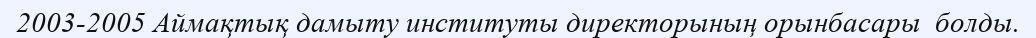
2003-2005 Аймақтық дамыту институты директорының орынбасары  болды.